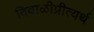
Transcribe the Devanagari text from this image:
दिवाळीप्रीत्यर्थ